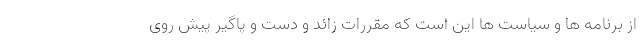
از برنامه ها و سیاست ها این است که مقررات زائد و دست و پاگیر پیش روی